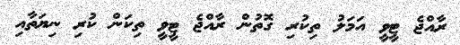
ރާއްޖެ ޓީވީ އަމަލު ތިކުރި ގޮތުން ރާއްޖެ ޓީވީ ތިކަން ކުރި ނިޔަތާއި